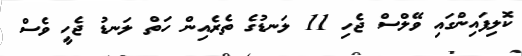
ކޮލިފައިންގައި ވޭލްސް ޖެހި 11 ލަނޑުގެ ތެރެއިން ހަތް ލަނޑު ޖެހީ ވެސް